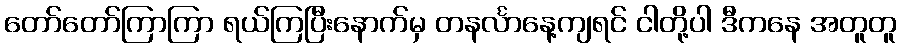
တော်တော်ကြာကြာ ရယ်ကြပြီးနောက်မှ တနင်္လာနေ့ကျရင် ငါတို့ပါ ဒီကနေ အတူတူ